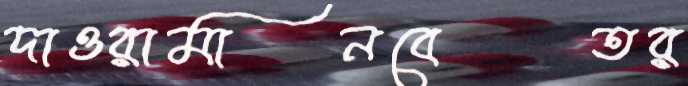
দাওরামানবেতর